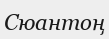
Сюантоң